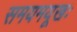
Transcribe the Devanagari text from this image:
समयमयूखः